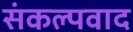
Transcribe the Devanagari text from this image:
संकल्पवाद